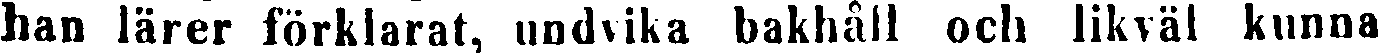
han lärer förklarat, undvika bakhåll och likväl kunna